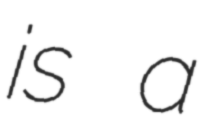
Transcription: is a